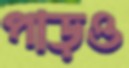
পাড়ও